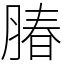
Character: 䐏